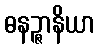
ဓနဉ္ဇာနိယာ